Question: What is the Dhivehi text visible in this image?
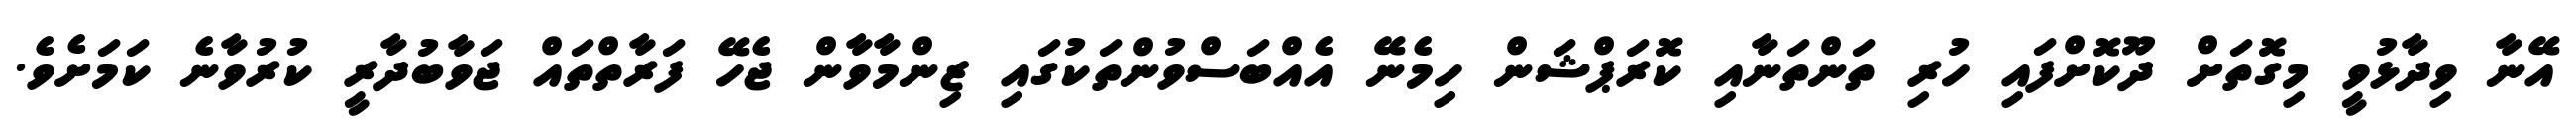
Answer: އޭނާ ވިދާޅުވީ މިގޮތަށް ދޫކޮށްފައި ހުރި ތަންތަނާއި ކޮރަޕްޝަން ހިމެނޭ އެއްބަސްވުންތަކުގައި ޒިންމާވާން ޖެހޭ ފަރާތްތައް ޖަވާބުދާރީ ކުރުވާނެ ކަމަށެވެ.